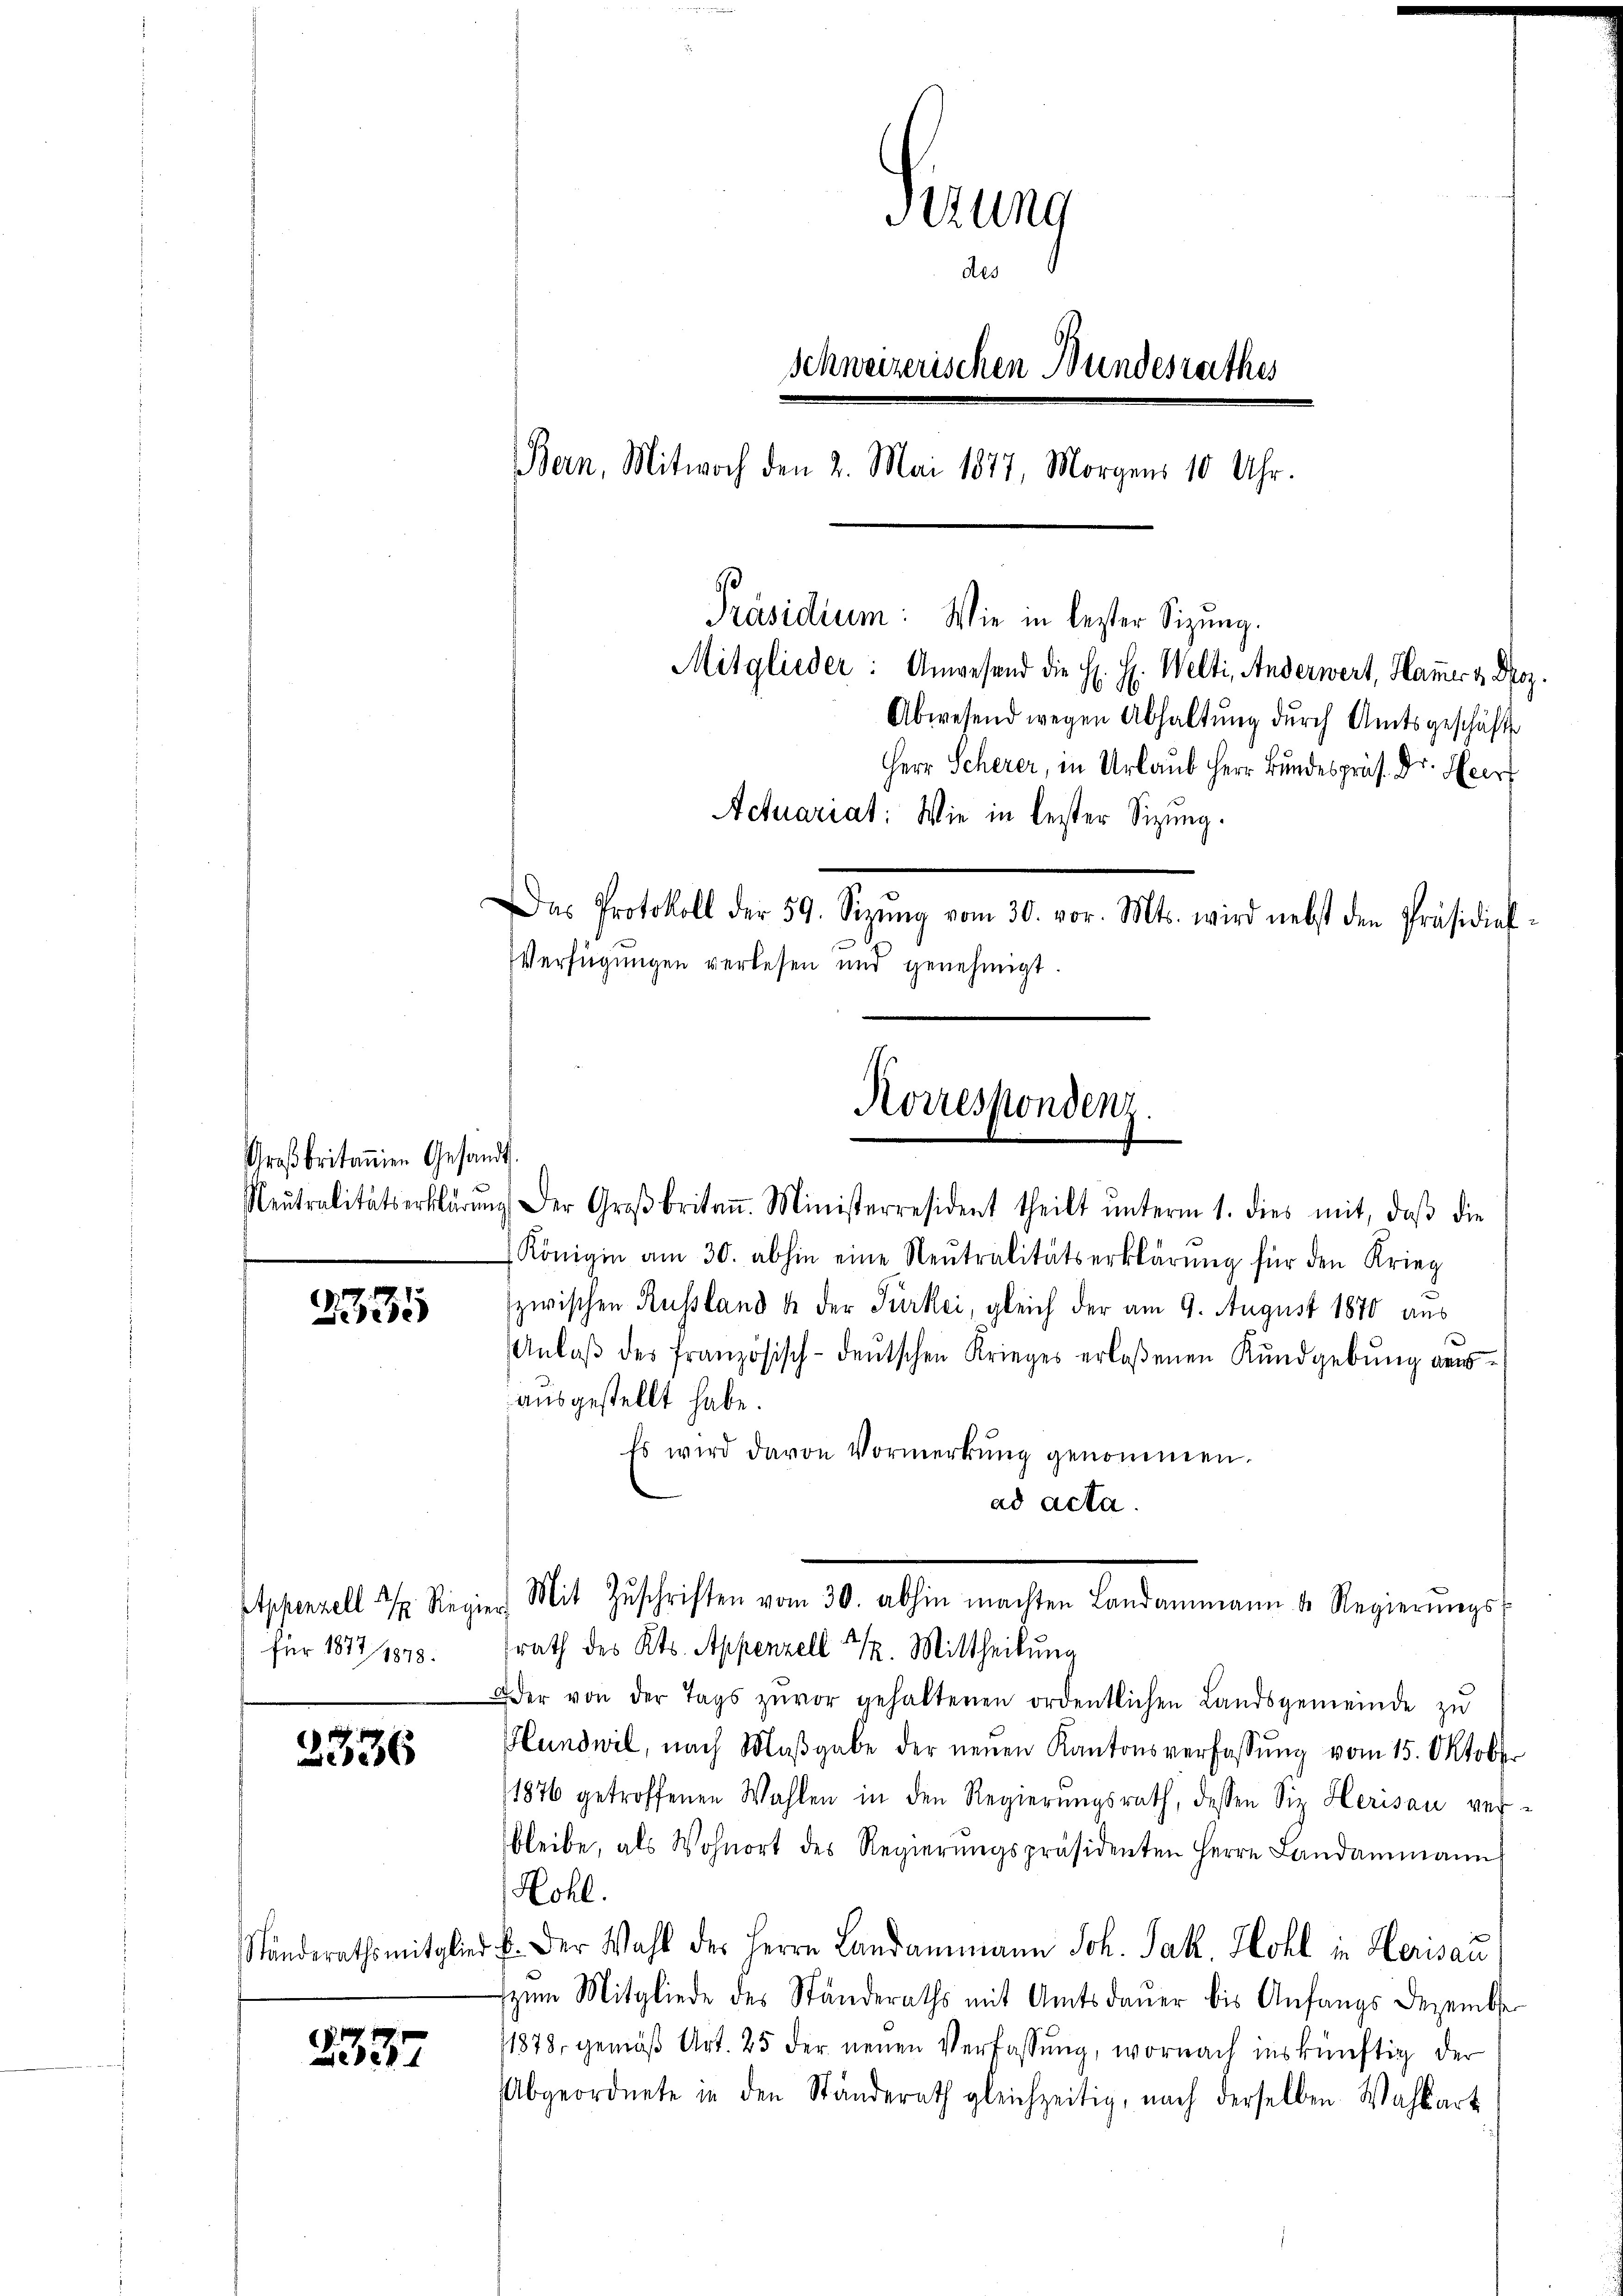
Großbritannien Gesandt.

2785

Für 1877, 1878.

2336

2337

Ferung
des
Schweizerischen Bundesrathes
Bern, Mitwoch den 2. Mai 1877, Morgens 10 Uhr.
Präsidium: Wie in lester Sitzung.
Mitglieder: Anwesend die H. H. Welti, Anderwert, Hammer & Droz.
Abwesend wegen Abhaltŭng dŭrch Amtsgeschäft
Herr Scherer, in Urlaub Herr Bundespräs. Dr. Heer
Actuariat: Wie in leister Sizung.
Das Protokoll der 59. Sizŭng vom 30. vor. Mts. wird nebst den Präsidial
Verfügungen verlesen und genehmigt.

Königin am 30. abhin eine Neŭtralitätserklärŭng für den Krieg
zwischen Russland 4 der Türkei, gleich der am 9. August 1870 aus
Anlaβ des französisch-deŭtschen Krieges erlaßenen Kundgebung des
ausgestellt habe.
Es wird davon Vormerkŭng genommen.
ad acta.
Oder von der Tags zuvor gehaltenen ordentlichen Landsgemeinde zŭ
Hundwil, nach Maβgabe der neuen Kantonsverfassŭng vom 15. Oktober
1876 getroffenen Wahlen in den Regierungsrath, dessen Siz Herisau verbleibe, als Wohnort des Regierŭngspräsidenten Herrn Landammann
Röhl.
Ständerathsmitglied u. der Wahl der Herrn Landammann Joh. Jak. Hohl in Herisau
zum Mitgliede des Ständeraths mit Amtsdaŭer bis Anfangs Dezembe
1878, gemäß Art. 25 der neuen Verfassung, wornach inskünftig der
Abgeordnete in den Ständerath gleichzeitig, nach derselben Wahlart

Korrespondenz.
Neutralitätserklärŭng der Großbritan. Ministerresident theilt ŭnterm 1. dies mit, daβ die

Appenzell & Regier Mit Zŭschriften vom 30. abhin machten Landammann u. Regierŭngs-
rath des Kts. Appenzell 22. Mittheilung